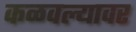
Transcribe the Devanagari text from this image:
कळवल्यावर